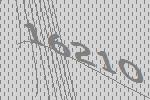
16210